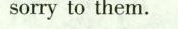
sorrytothem